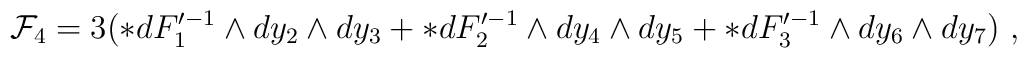
{\cal F}_4 =3( *dF'^{-1}_1 \wedge dy_2\wedge dy_3  +  *dF'^{-1}_2 \wedge dy_4\wedge dy_5 +  *dF'^{-1}_3 \wedge dy_6\wedge dy_7 ) \ ,